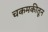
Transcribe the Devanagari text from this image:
चकमकीतून